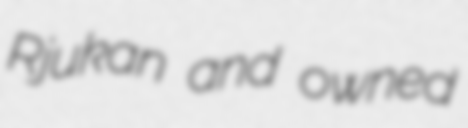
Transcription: Rjukan and owned